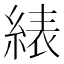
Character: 𬗠